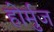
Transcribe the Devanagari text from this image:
होर्मुज